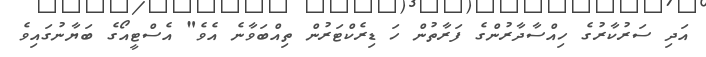
އަދި ސަރުކާރުގެ ހިއްސާދާރުންގެ ފަރާތުން ހަ ޑިރެކްޓަރުން ތިއްބަވާނެ އެވެ" އެސްޓީއޯގެ ބަޔާނުގައިވެ